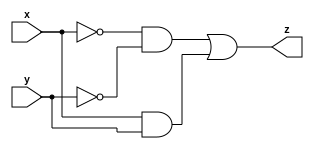
module comparator(
    input wire x,
    input wire y,
    output wire z
);
assign z=(~x&~y) | (x&y);

endmodule